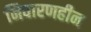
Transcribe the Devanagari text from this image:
निवारणहीन